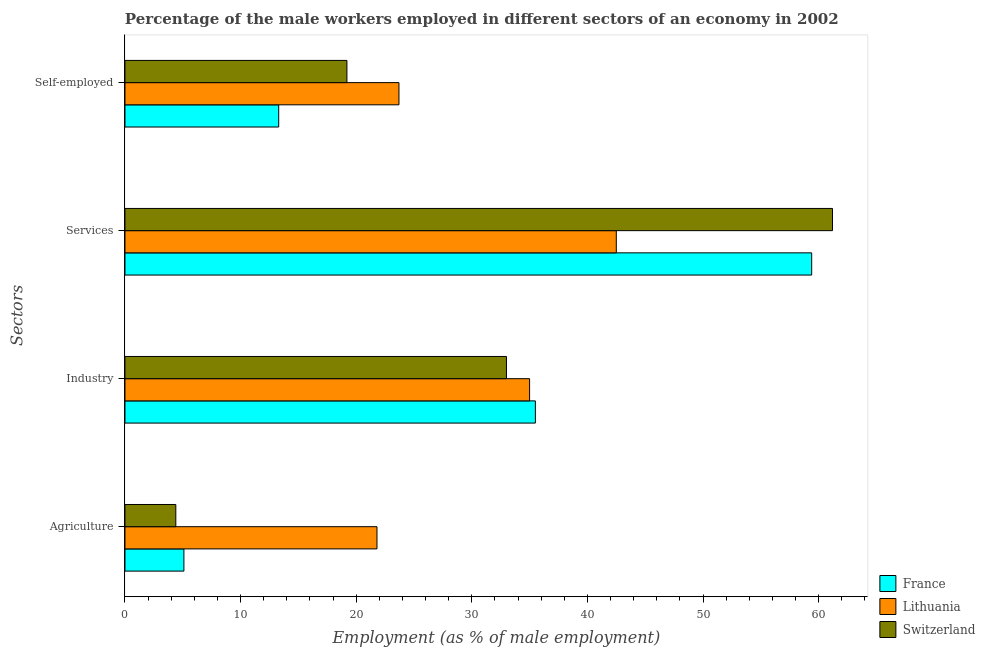
| Sectors | France | Lithuania | Switzerland |
 | --- | --- | --- | --- |
 | Agriculture | 5.1 | 21.8 | 4.4 |
 | Industry | 35.5 | 35 | 33 |
 | Services | 59.4 | 42.5 | 61.2 |
 | Self-employed | 13.3 | 23.7 | 19.2 |